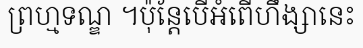
ព្រហ្មទណ្ឌ ។ប៉ុន្តែបើអំពើហឹង្សានេះ